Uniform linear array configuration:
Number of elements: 32
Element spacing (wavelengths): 0.5
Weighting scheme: blackman
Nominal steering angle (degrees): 45
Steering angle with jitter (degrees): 43.188
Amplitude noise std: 0.05
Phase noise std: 0.05

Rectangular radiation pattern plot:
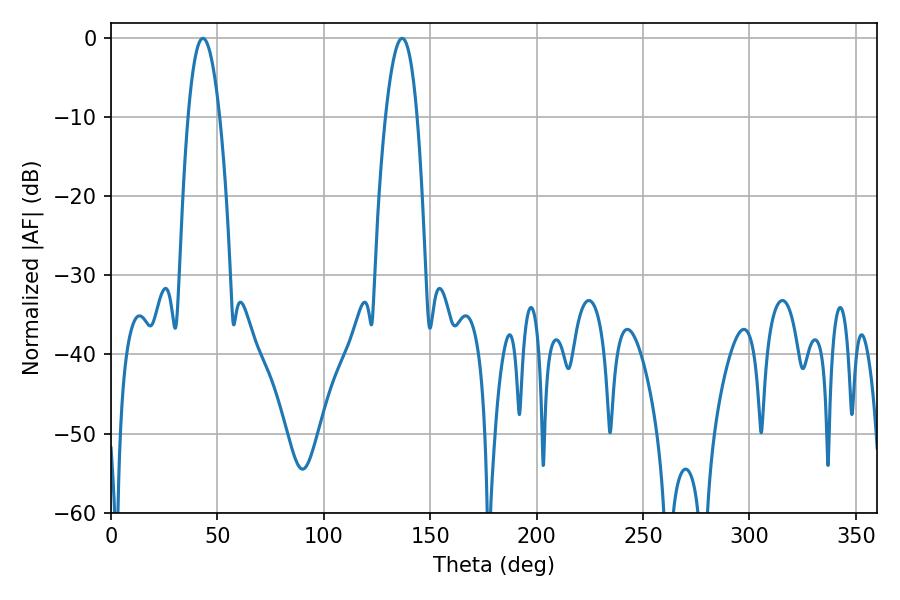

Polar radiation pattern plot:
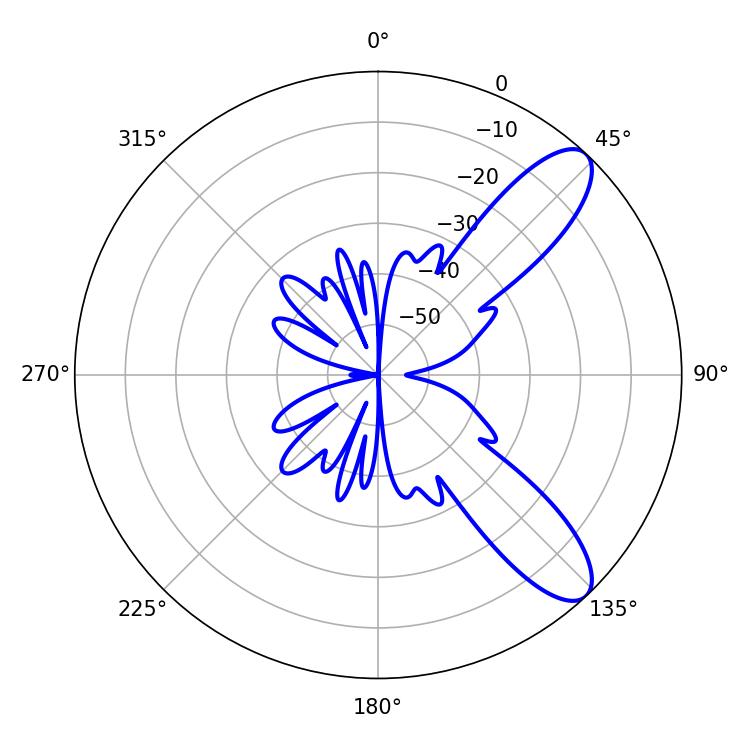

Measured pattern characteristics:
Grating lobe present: FALSE
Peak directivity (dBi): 9.774
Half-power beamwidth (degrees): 8.1
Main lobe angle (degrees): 136.8